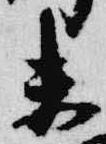
未